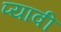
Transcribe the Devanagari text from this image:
प्यावी